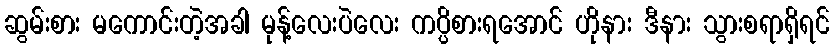
ဆွမ်းစား မကောင်းတဲ့အခါ မုန့်လေးပဲလေး ကပ္ပိစားရအောင် ဟိုနား ဒီနား သွားစရာရှိရင်